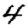
Digit: 4